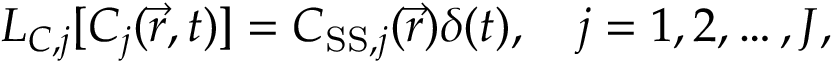
\boldsymbol { L _ { C , j } [ } C _ { j } ( \vec { r } , t ) \boldsymbol { ] } = C _ { \mathrm { S S } , j } ( \vec { r } ) \delta ( t ) , \quad j = 1 , 2 , \dots , J ,